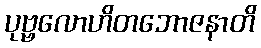
ပုဗ္ဗလောဟိတဘောဇနာတိ